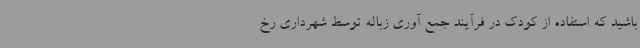
باشید که استفاده از کودک در فرآیند جمع آوری زباله توسط شهرداری رخ